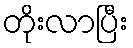
တိုးလာပြီး